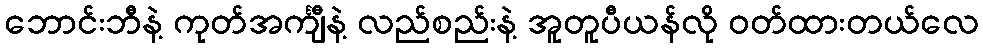
ဘောင်းဘီနဲ့ ကုတ်အင်္ကျီနဲ့ လည်စည်းနဲ့ အူတူပီယန်လို ဝတ်ထားတယ်လေ